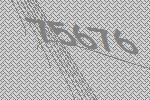
75676